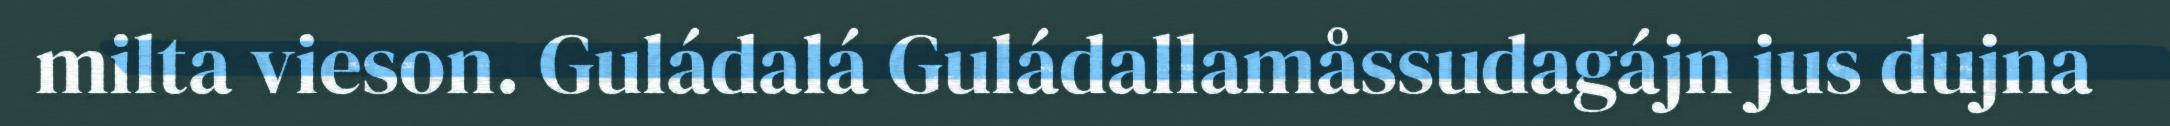
milta vieson. Guládalá Guládallamåssudagájn jus dujna